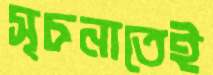
সূচনাতেই